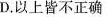
D.以上皆不正确